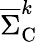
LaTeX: \overline{{\Sigma}}_{\mathrm{{C}}}^{k}